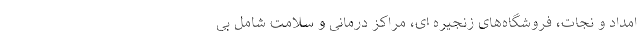
امداد و نجات، فروشگاه‌های زنجیره ای، مراکز درمانی و سلامت شامل بی